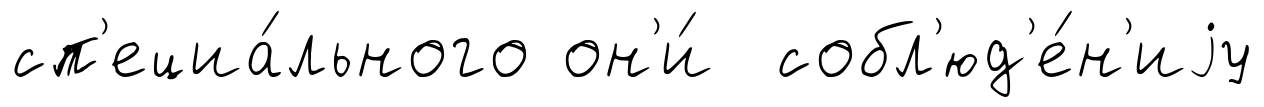
сп'ециа́льного он'и́ собл'юд'е́н'иjу